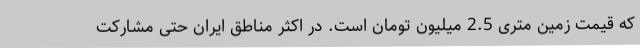
که قیمت زمین متری 2.5 میلیون تومان است. در اکثر مناطق ایران حتی مشارکت